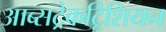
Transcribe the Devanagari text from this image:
आब्सट्रेकट्रिशियन